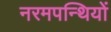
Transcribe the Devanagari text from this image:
नरमपन्थियों